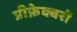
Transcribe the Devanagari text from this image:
प्रीफ़ेक्चरों